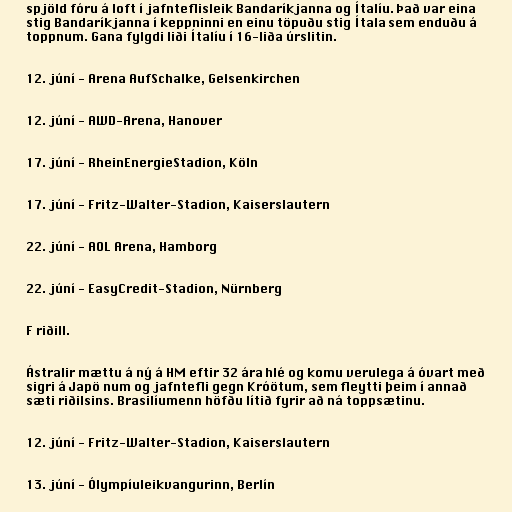
spjöld fóru á loft í jafnteflisleik Bandaríkjanna og Ítalíu. Það var eina
stig Bandaríkjanna í keppninni en einu töpuðu stig Ítala sem enduðu á
toppnum. Gana fylgdi liði Ítalíu í 16-liða úrslitin.

12. júní - Arena AufSchalke, Gelsenkirchen

12. júní - AWD-Arena, Hanover

17. júní - RheinEnergieStadion, Köln

17. júní - Fritz-Walter-Stadion, Kaiserslautern

22. júní - AOL Arena, Hamborg

22. júní - EasyCredit-Stadion, Nürnberg

F riðill.

Ástralir mættu á ný á HM eftir 32 ára hlé og komu verulega á óvart með
sigri á Japö num og jafntefli gegn Króötum, sem fleytti þeim í annað
sæti riðilsins. Brasilíumenn höfðu lítið fyrir að ná toppsætinu.

12. júní - Fritz-Walter-Stadion, Kaiserslautern

13. júní - Ólympíuleikvangurinn, Berlín